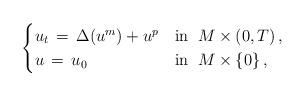
LaTeX: \begin{align*}\begin{cases}u_t \,=\, \Delta (u^m)+ u^p & \textrm{in}\;\; M\times (0,T)\,, \\u \,=\, u_0 & \textrm{in}\;\; M\times \{0\}\,,\end{cases}\end{align*}